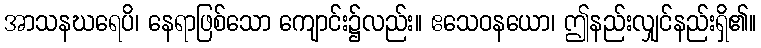
အာသနဃရေပိ၊ နေရာဖြစ်သော ကျောင်း၌လည်း။ ဧသေဝနယော၊ ဤနည်းလျှင်နည်းရှိ၏။